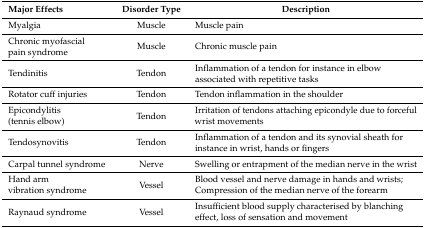
<table><thead><tr><td><b>Major Effects</b></td><td><b>Disorder Type</b></td><td><b>Description</b></td></tr></thead><tbody><tr><td>Myalgia</td><td>Muscle</td><td>Muscle pain</td></tr><tr><td>Chronic myofascial pain syndrome</td><td>Muscle</td><td>Chronic muscle pain</td></tr><tr><td>Tendinitis</td><td>Tendon</td><td>Inflammation of a tendon for instance in elbow associated with repetitive tasks</td></tr><tr><td>Rotator cuff injuries</td><td>Tendon</td><td>Tendon inflammation in the shoulder</td></tr><tr><td>Epicondylitis (tennis elbow)</td><td>Tendon</td><td>Irritation of tendons attaching epicondyle due to forceful wrist movements</td></tr><tr><td>Tendosynovitis</td><td>Tendon</td><td>Inflammation of a tendon and its synovial sheath for instance in wrist, hands or fingers</td></tr><tr><td>Carpal tunnel syndrome</td><td>Nerve</td><td>Swelling or entrapment of the median nerve in the wrist</td></tr><tr><td>Hand arm vibration syndrome</td><td>Vessel</td><td>Blood vessel and nerve damage in hands and wrists; Compression of the median nerve of the forearm</td></tr><tr><td>Raynaud syndrome</td><td>Vessel</td><td>Insufficient blood supply characterised by blanching effect, loss of sensation and movement</td></tr></tbody></table>